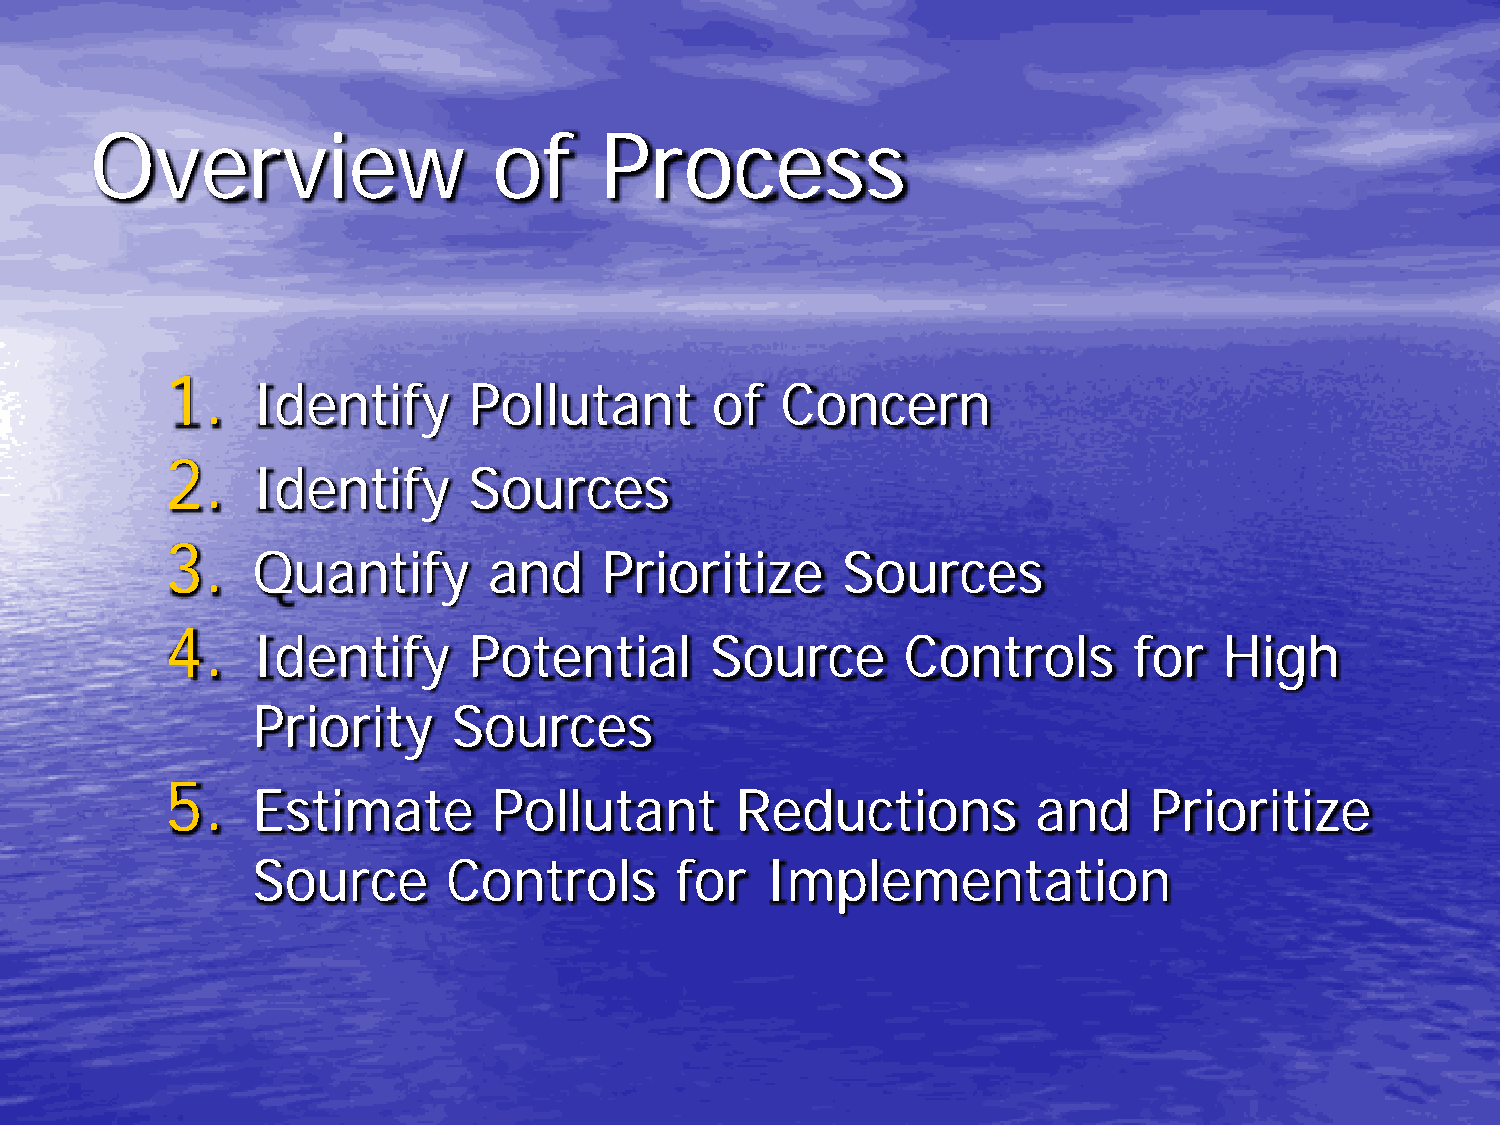
Overview                   of     Process
 1.
 Identify      Pollutant       of   Concern
 2.
 Identify      Sources
 3.
 Quantify       and     Prioritize      Sources
 4.
 Identify      Potential       Source       Controls       for   High
 Priority     Sources
 5.
 Estimate        Pollutant       Reductions          and    Prioritize
 Source       Controls       for   Implementation